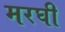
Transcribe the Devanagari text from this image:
मरघी